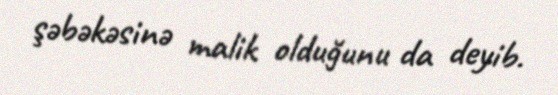
şəbəkəsinə malik olduğunu da deyib.